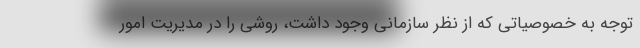
توجه به خصوصیاتی که از نظر سازمانی وجود داشت، روشی را در مدیریت امور